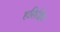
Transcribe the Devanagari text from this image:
हसिडिम